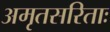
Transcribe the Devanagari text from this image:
अमृतसरिताः